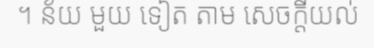
។ ន័យ មួយ ទៀត តាម សេចក្តីយល់